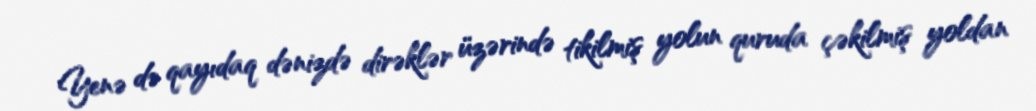
Yenə də qayıdaq dənizdə dirəklər üzərində tikilmiş yolun quruda çəkilmiş yoldan